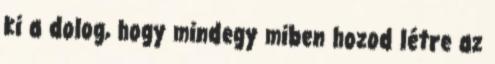
ki a dolog, hogy mindegy miben hozod létre az